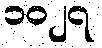
၁၀၂၇